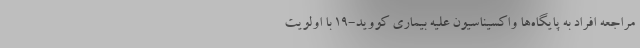
مراجعه افراد به پایگاه‌ها واکسیناسیون علیه بیماری کووید-۱۹ با اولویت